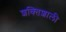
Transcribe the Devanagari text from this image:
शक्‍ितशाली